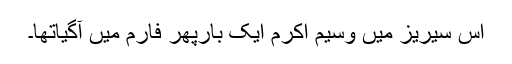
اس سیریز میں وسیم اکرم ایک بارپھر فارم میں آگیاتھا۔